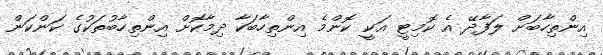
އިންތިހާބަށް ލަފާދޭ އެ ކޮމިޓީ އަކީ ކޮންމެ އިންތިހާބަކާ ދިމާކޮށް އިންތިހާބުތަކުގެ ކަންކަން